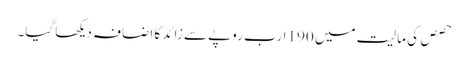
حصص کی مالیت میں 190 ارب روپے سے زائد کا اضافہ دیکھا گیا۔